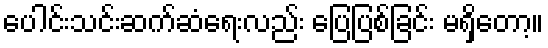
ပေါင်းသင်းဆက်ဆံရေးလည်း ပြေပြစ်ခြင်း မရှိတော့။